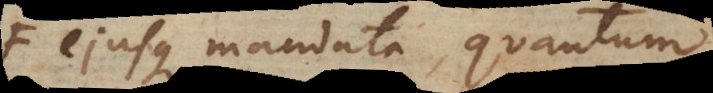
ejusque mandata, quantum